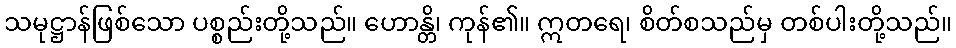
သမုဋ္ဌာန်ဖြစ်သော ပစ္စည်းတို့သည်။ ဟောန္တိ၊ ကုန်၏။ ဣတရေ၊ စိတ်စသည်မှ တစ်ပါးတို့သည်။